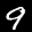
Label: 9